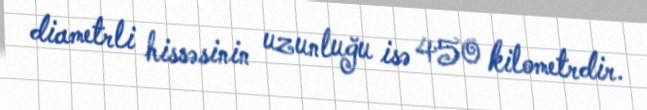
diametrli hissəsinin uzunluğu isə 450 kilometrdir.